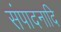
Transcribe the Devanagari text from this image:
संपादनादि